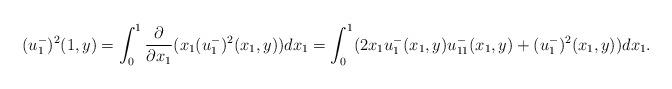
LaTeX: \begin{align*}(u^-_1)^2(1,y) = \int_0^{1} \frac{\partial}{\partial x_1} (x_1 (u^-_1)^2(x_1,y) ) dx_1 = \int_0^1 (2 x_1 u^-_1(x_1,y) u^-_{11}(x_1,y) + (u^-_1)^2(x_1,y)) dx_1 . \end{align*}